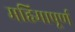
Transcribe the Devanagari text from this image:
महिमापूर्ण